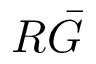
R \bar { G }